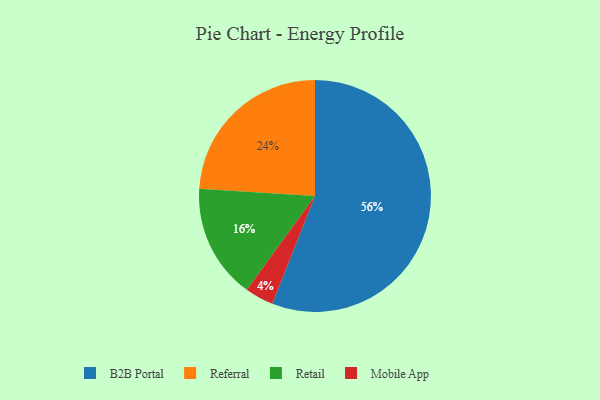
{"axis": {"x": "Category", "y": "Percentage"}, "legend": ["B2B Portal", "Mobile App", "Referral", "Retail"], "data": [{"x": "Referral", "y": 24, "type": "Referral"}, {"x": "Retail", "y": 16, "type": "Retail"}, {"x": "B2B Portal", "y": 56, "type": "B2B Portal"}, {"x": "Mobile App", "y": 4, "type": "Mobile App"}]}